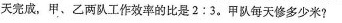
天完成，甲、乙两队工作效率的比是2:3。甲队每天修多少米?